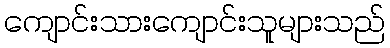
ကျောင်းသားကျောင်းသူများသည်